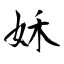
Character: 姀